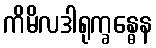
ကိမိလဒါရုက္ခန္ဓေန